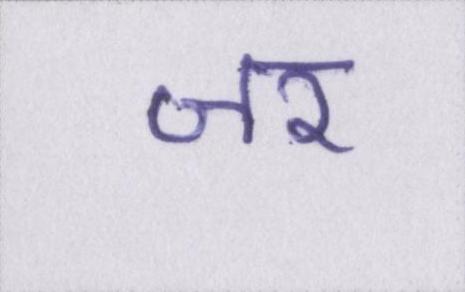
जर